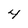
Character: 4